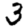
Digit: 3